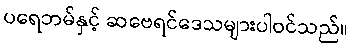
ပရေဘမ်နှင့် ဆဗေရင်ဒေသများပါဝင်သည်။